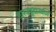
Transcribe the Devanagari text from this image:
शास्त्रचूडामणि